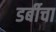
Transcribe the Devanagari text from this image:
डर्बीचा